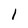
Character: 1